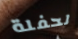
لحفلة